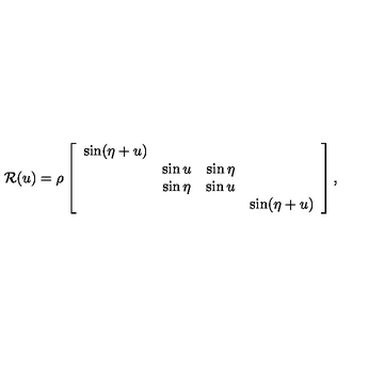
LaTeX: { \cal R } ( u ) = \rho \left[ \begin{array} { c c c c } { \sin ( \eta + u ) } & { } & { } & { } \\ { } & { \sin u } & { \sin \eta } & { } \\ { } & { \sin \eta } & { \sin u } & { } \\ { } & { } & { } & { \sin ( \eta + u ) } \\ \end{array} \right] ,